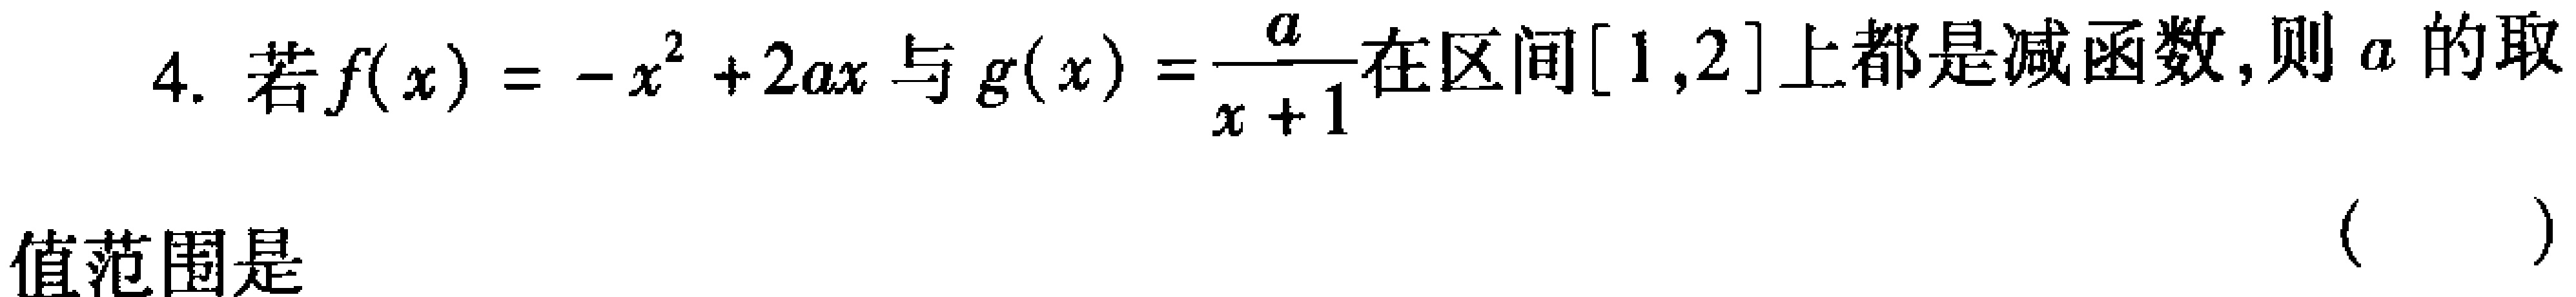
4. 若$f(x)=-x^{2}+2ax$与$g(x)=\frac{a}{x + 1}$在区间$[1,2]$上都是减函数，则$a$的取

值范围是

( )